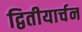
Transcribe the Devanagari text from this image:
द्वितीयार्चन